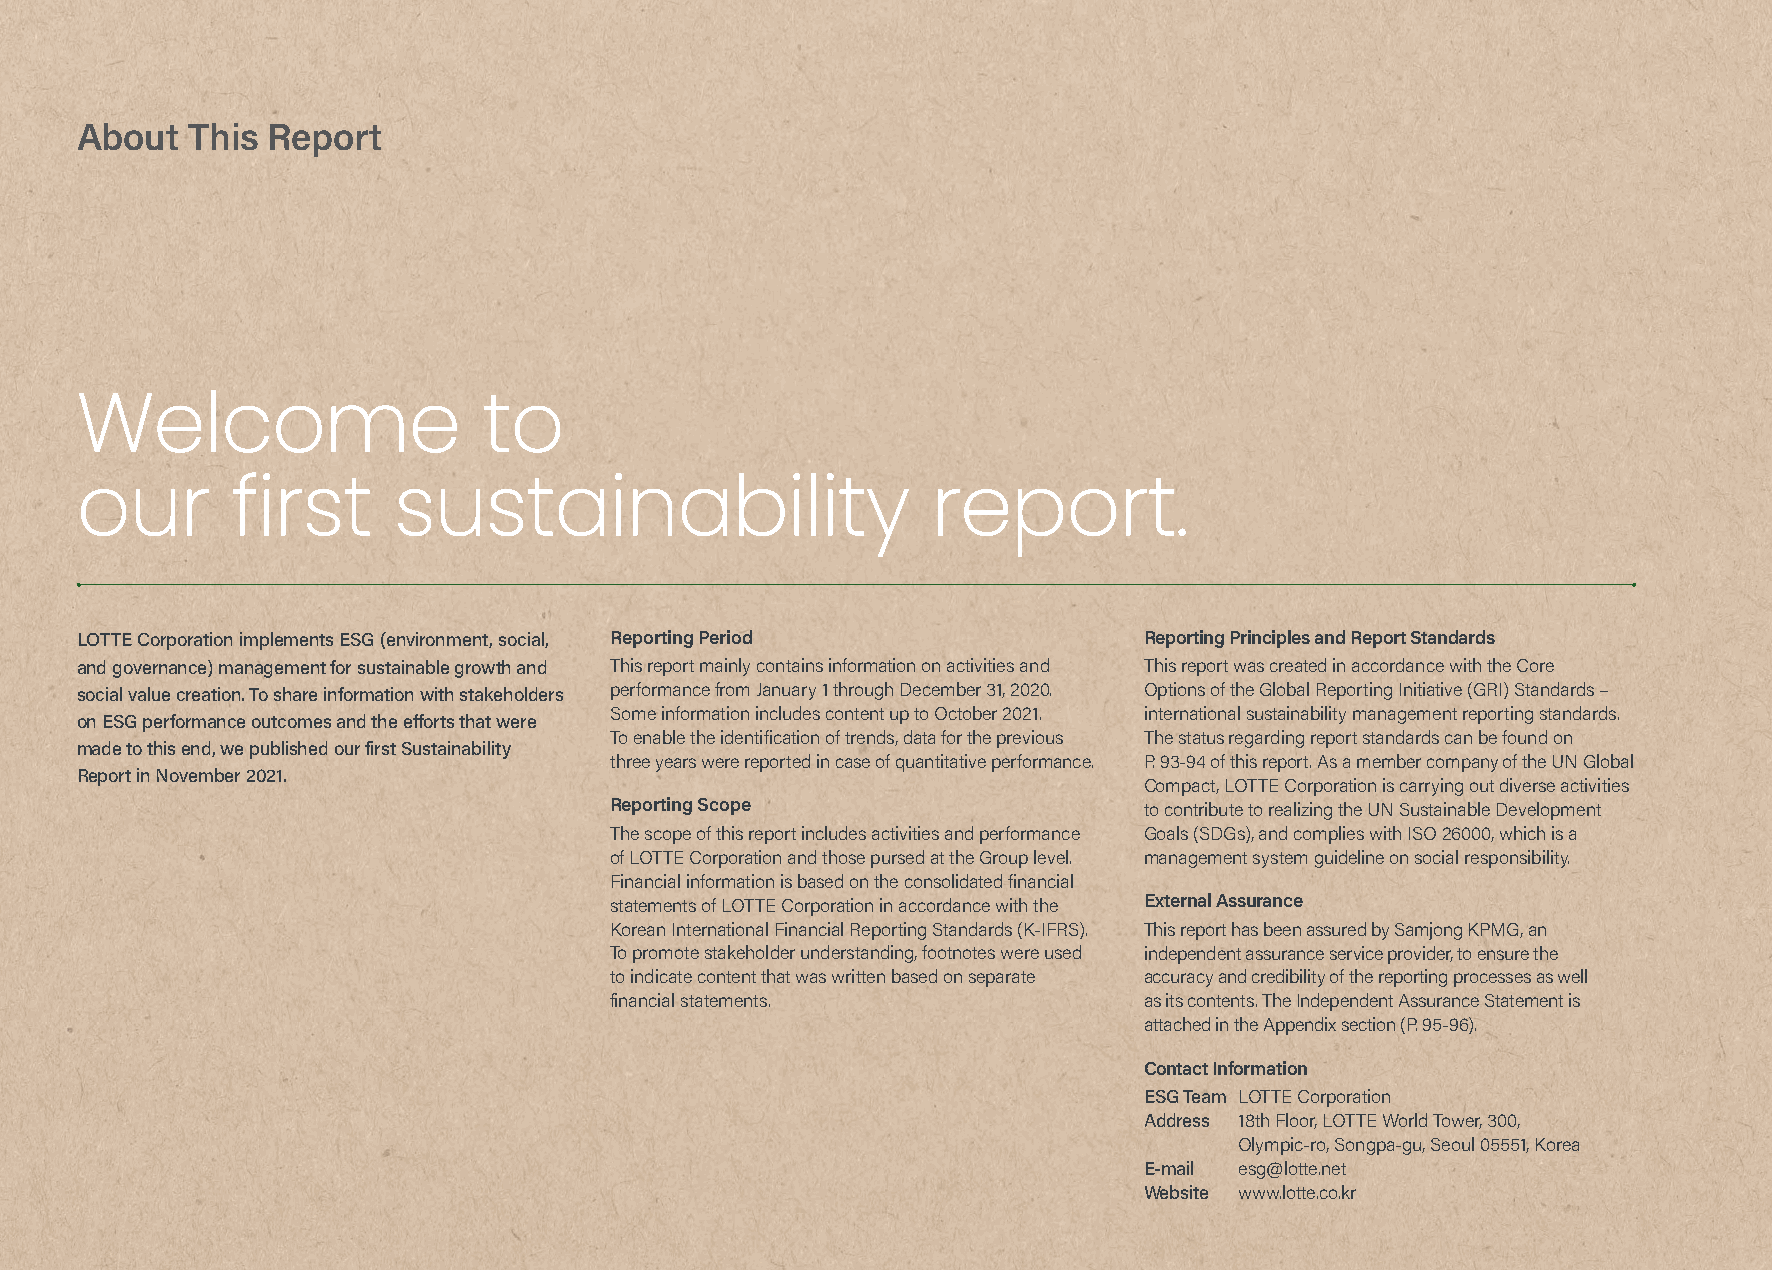
About  This  Report
 Welcome                    to
 our       first      sustainability                      report.
 LOTTE Corporation implements ESG (environment, social, Reporting Period Reporting Principles and Report Standards
 and governance) management for sustainable growth and This report mainly contains information on activities and This report was created in accordance with the Core
 social value creation. To share information with stakeholders performance from January 1 through December 31, 2020. Options of the Global Reporting Initiative (GRI) Standards –
 Some information includes content up to October 2021. international sustainability management reporting standards.
 on ESG performance outcomes and the efforts that were
 To enable the identification of trends, data for the previous The status regarding report standards can be found on
 made to this end, we published our first Sustainability
 three years were reported in case of quantitative performance. P. 93-94 of this report. As a member company of the UN Global
 Report in November 2021.
 Compact, LOTTE Corporation is carrying out diverse activities
 Reporting Scope                     to contribute to realizing the UN Sustainable Development
 The scope of this report includes activities and performance Goals (SDGs), and complies with ISO 26000, which is a
 of LOTTE Corporation and those pursed at the Group level. management system guideline on social responsibility.
 Financial information is based on the consolidated financial
 statements of LOTTE Corporation in accordance with the External Assurance
 Korean International Financial Reporting Standards (K-IFRS). This report has been assured by Samjong KPMG, an
 To promote stakeholder understanding, footnotes were used independent assurance service provider, to ensure the
 to indicate content that was written based on separate accuracy and credibility of the reporting processes as well
 financial statements.               as its contents. The Independent Assurance Statement is
 attached in the Appendix section (P. 95-96).
 Contact Information
 ESG Team LOTTE Corporation
 Address 1 8th Floor, LOTTE World Tower, 300,
 Olympic-ro, Songpa-gu, Seoul 05551, Korea
 E-mail esg@lotte.net
 Website www.lotte.co.kr